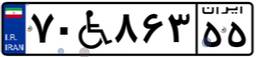
۷۰W۸۶۳۵۵